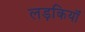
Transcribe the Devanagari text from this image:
लड़कियॉं